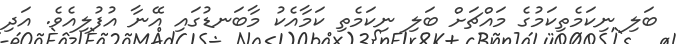
ބަލި ނިކަމެތިކަމުގެ މައްޗަށް ބަލި ނިކަމެތި ކަމާއެކު މާބަނޑުގައި އޭނާ އުފުލިއެވެ. އަދި